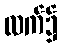
လက်၌